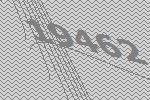
19462